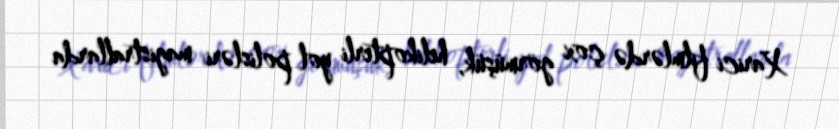
Xarici filmlərdə çox görmüşük, helikopterli yol polisləri magistrallarda